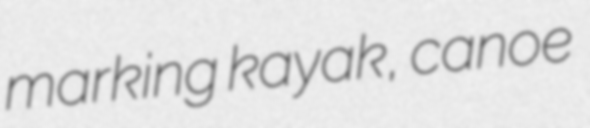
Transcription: marking kayak, canoe